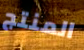
المنتج